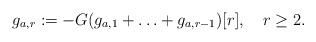
LaTeX: \begin{align*}g_{a,r}:= - G(g_{a,1}+\ldots +g_{a,r-1})[r], ~~~ r\geq 2.\end{align*}